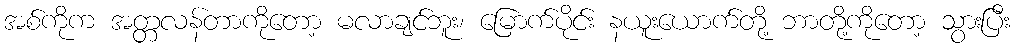
အစ်ကိုက အတ္တလန်တာကိုတော့ မလာချင်ဘူး၊ မြောက်ပိုင်း နယူးယောက်တို့ ဘာတို့ကိုတော့ သွားပြီး